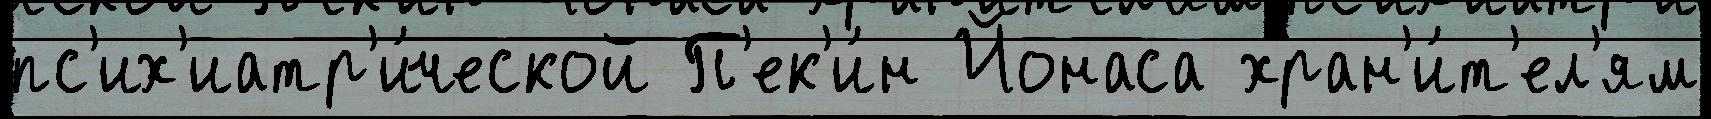
пс'их'иатр'и́ческой П'ек'и́н Йонаса хран'и́т'ел'ям